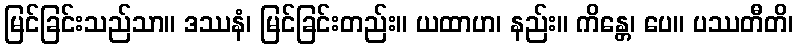
မြင်ခြင်းသည်သာ။ ဒဿနံ၊ မြင်ခြင်းတည်း။ ယထာဟ၊ နည်း။ ကိန္တေ၊ ပေ။ ပဿတီတိ၊